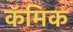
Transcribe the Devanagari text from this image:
कॅमिक